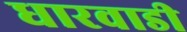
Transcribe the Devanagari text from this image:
धारवाडी